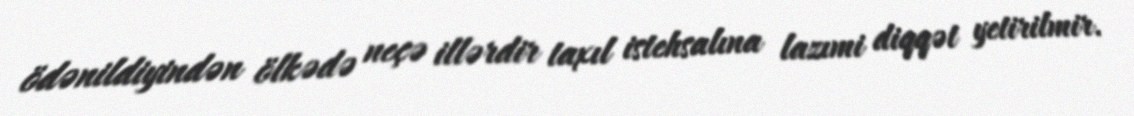
ödənildiyindən ölkədə neçə illərdir taxıl istehsalına lazımi diqqət yetirilmir.